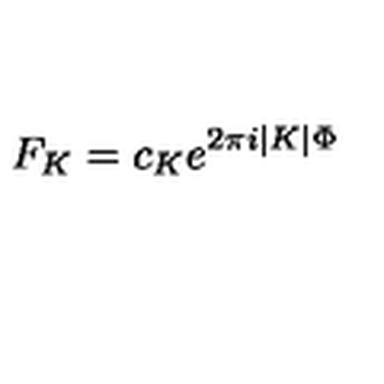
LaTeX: { F _ { K } = c _ { K } e ^ { 2 \pi i | K | \Phi } }